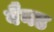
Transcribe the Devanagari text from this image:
बैनड